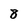
Character: 8